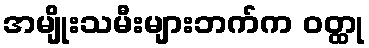
အမျိုးသမီးများဘက်က ဝတ္ထု